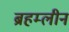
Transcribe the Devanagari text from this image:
ब्रहम्लीन